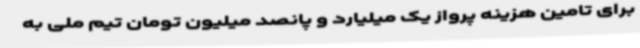
برای تامین هزینه پرواز یک میلیارد و پانصد میلیون تومان تیم ملی به